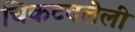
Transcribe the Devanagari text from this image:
चिकटवलेली